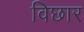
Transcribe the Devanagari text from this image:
विछार